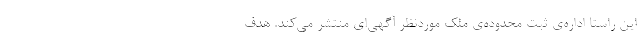
این راستا اداره‌ی ثبت محدوده‌ی ملک موردنظر آگهی‌ای منتشر می‌کند. هدف